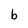
Character: b